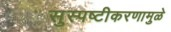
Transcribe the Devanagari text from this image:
सुस्पष्टीकरणामुळे